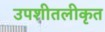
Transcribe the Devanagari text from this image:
उपशीतलीकृत